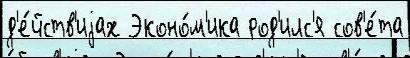
д'е́йств'иjах Эконо́м'ика род'илс'я сов'е́та